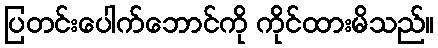
ပြတင်းပေါက်ဘောင်ကို ကိုင်ထားမိသည်။